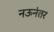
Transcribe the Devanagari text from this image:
नऊनंतर